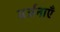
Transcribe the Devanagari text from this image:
वर्जनाएँ